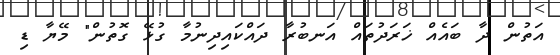
އަތުން ދާ ބައެއް ޚަރަދުތައް އަނބުރާ ދައްކައިދިނުމާ ގުޅޭ ގޮތުން" މޭޔާ ޑި